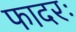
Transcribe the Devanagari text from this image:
फादरः